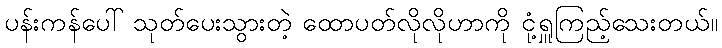
ပန်းကန်ပေါ် သုတ်ပေးသွားတဲ့ ထောပတ်လိုလိုဟာကို ငုံ့ရှူကြည့်သေးတယ်။